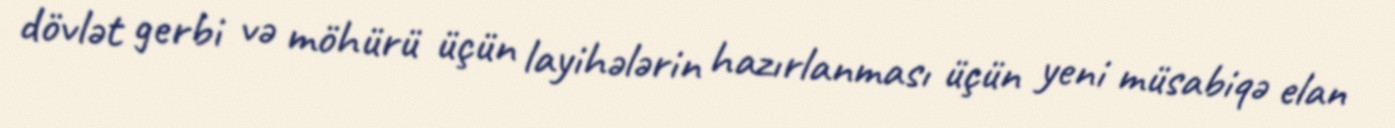
dövlət gerbi və möhürü üçün layihələrin hazırlanması üçün yeni müsabiqə elan